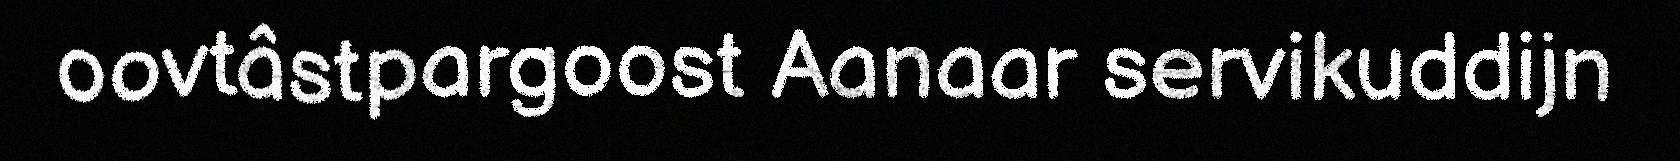
oovtâstpargoost Aanaar servikuddijn